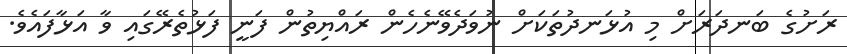
ރަށުގެ ބަނދަރަށް މި އުޅަނދުތަކަށް ނުވަދެވޭނެހެން ރައްޔިތުން ފަނީ ފަޅުތެރޭގައި ވާ އަޅާފައެވެ.